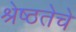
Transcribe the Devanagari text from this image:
श्रेष्ठतेचे